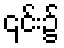
၎င်း၌